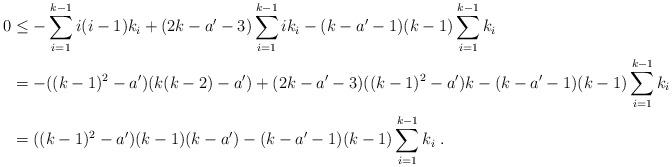
LaTeX: \begin{align*} 0&\leq-\sum^{k-1}_{i=1}i(i-1)k_{i}+(2k-a'-3)\sum^{k-1}_{i=1}ik_{i}-(k-a'-1)(k-1)\sum^{k-1}_{i=1}k_{i}\\ &=-((k-1)^{2}-a')(k(k-2)-a')+(2k-a'-3)((k-1)^{2}-a')k-(k-a'-1)(k-1)\sum^{k-1}_{i=1}k_{i}\\ &=((k-1)^{2}-a')(k-1)(k-a')-(k-a'-1)(k-1)\sum^{k-1}_{i=1}k_{i}\;. \end{align*}